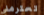
تحترمني